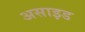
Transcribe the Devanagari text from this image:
असाइड